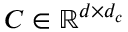
C \in \mathbb { R } ^ { d \times d _ { c } }